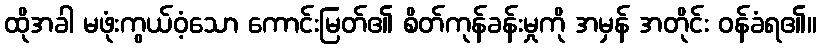
ထိုအခါ မဖုံးကွယ်ဝံ့သော ကောင်းမြတ်၏ စိတ်ကုန်ခန်းမှုကို အမှန် အတိုင်း ဝန်ခံရ၏။